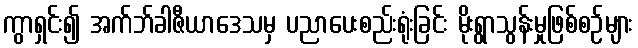
ကွာရှင်း၍ အက်ဘ်ခါဇီယာဒေသမှ ပညာပေးစည်းရုံးခြင်း မိုးရွာသွန်းမှုဖြစ်စဉ်များ